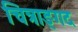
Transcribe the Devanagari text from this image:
चित्राङ्गद